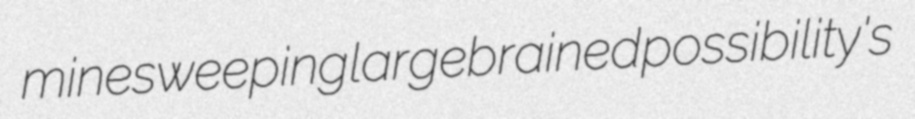
minesweeping largebrained possibility's